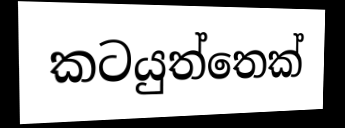
කටයුත්තෙක්